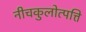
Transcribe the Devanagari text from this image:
नीचकुलोत्पत्ति